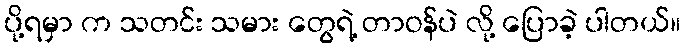
ပို့ရမှာ က သတင်း သမား တွေရဲ့ တာဝန်ပဲ လို့ ပြောခဲ့ ပါတယ်။